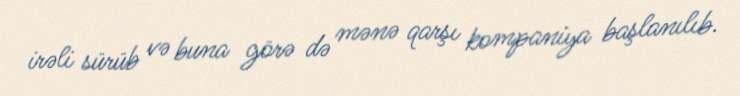
irəli sürüb və buna görə də mənə qarşı kompaniya başlanılıb.